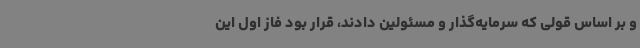
و بر اساس قولی که سرمایه‌گذار و مسئولین دادند، قرار بود فاز اول این